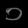
Digit: ၀